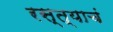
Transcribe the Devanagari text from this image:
रस्त्याचं